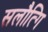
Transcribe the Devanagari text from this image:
सलौत्गि